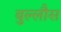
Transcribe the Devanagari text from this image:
बुल्लौस